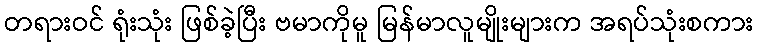
တရားဝင် ရုံးသုံး ဖြစ်ခဲ့ပြီး ဗမာကိုမူ မြန်မာလူမျိုးများက အရပ်သုံးစကား